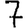
Digit: 7